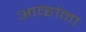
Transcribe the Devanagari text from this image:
आव्हांना